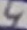
Text: 4